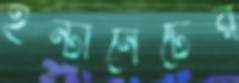
ইন্টানেটের